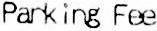
PARKING FEE